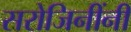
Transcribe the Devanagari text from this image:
सरोजिनींनी